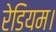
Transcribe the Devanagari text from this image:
रेडियम।